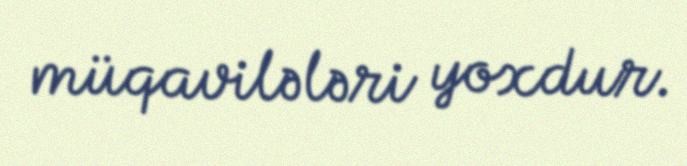
müqavilələri yoxdur.